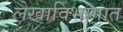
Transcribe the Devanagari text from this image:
लेखाविभागात